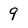
Character: 9